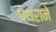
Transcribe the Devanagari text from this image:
पथराने